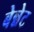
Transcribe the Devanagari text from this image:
बेन्नेट